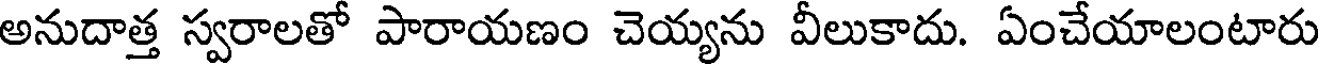
అనుదాత్త స్వరాలతో పారాయణం చెయ్యను వీలుకాదు. ఏంచేయాలంటారు